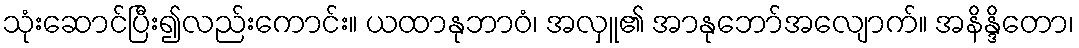
သုံးဆောင်ပြီး၍လည်းကောင်း။ ယထာနုဘာဝံ၊ အလှူ၏ အာနုဘော်အလျောက်။ အနိန္ဒိတော၊